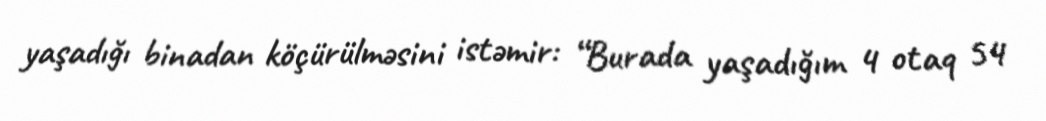
yaşadığı binadan köçürülməsini istəmir: “Burada yaşadığım 4 otaq 54